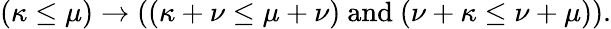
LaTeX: (\kappa\leq\mu)\rightarrow((\kappa+\nu\leq\mu+\nu){\mathrm{~and~}}(\nu+\kappa\leq\nu+\mu)).